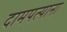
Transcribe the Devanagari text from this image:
दामपत्याना